Supplement to the account of plague administration in the Bombay Presidency from September 1896 till May 1897
Year: 1896
Disease focus: Plague
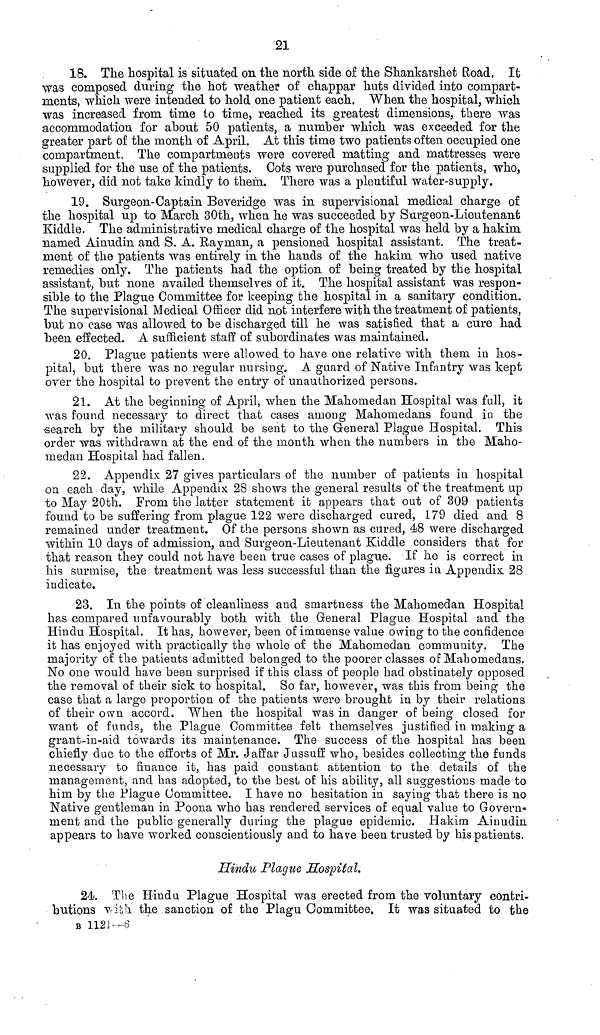
21
18. The hospital is situated on the north side of the Shankarshet Road. It
was composed during the hot weather of chappar huts divided into compart-
ments, which were intended to hold one patient each. When the hospital, which
was increased from time to time, reached its greatest dimensions, there was
accommodation for about 50 patients, a numher which was exceeded for the
greater part of the month of April. At this time two patients often occupied one
compartment. The compartments were covered matting and mattresses were
supplied for the use of the patients. Cots were purchased for the patients, who,
however, did not take kindly to them. There was a plentiful water-supply.
19. Surgeon-Captain Beveridge was in supervisional medical charge of
the hospital up to March 30th, when he was succeeded by Surgeon-Lieutenant
Kiddle. The administrative medical charge of the hospital was held by a hakim
named Ainudin and S. A. Rayman, a pensioned hospital assistant. The treat-
ment of the patients was entirely in the hands of the hakim, who used native
remedies only. The patients had the option of being treated by the hospital
assistant, but none availed themselves of it. The hospital assistant was respon-
sible to the Plague Committee for keeping the hospital in a sanitary condition.
The supervisional Medical Officer did not interfere with the treatment of patients,
but no case was allowed to be discharged till he was satisfied that a cure had
been effected. A sufficient staff of subordinates was maintained.
20. Plague patients were allowed to have one relative with them in hos-
pital, but there was no regular nursing. A guard of Native Infantry was kept
over the hospital to prevent the entry of unauthorized persons.
21. At the beginning of April, when the Mahomedan Hospital was full, it
was found necessary to direct that cases among Mahomedans found in the
search by the military should be sent to the General Plague Hospital. This
order was withdrawn at the end of the month when the numbers in the Maho-
medan Hospital had fallen.
22. Appendix 27 gives particulars of the number of patients in hospital
on each day, while Appendix 28 shows the general results of the treatment up
to May 20th. From the latter statement it appears that out of 309 patients
found to be suffering from plague 122 were discharged cured, 179 died and 8
remained under treatment. Of the persons shown as cured, 48 were discharged
within 10 days of admission, and Surgeon-Lieutenant Kiddle considers that for
that reason they could not have been true cases of plague. If he is correct in
his surmise, the treatment was less successful than the figures in Appendix 28
indicate.
23. In the points of cleanliness and smartness the Mahomedan Hospital
has compared unfavourably both with the General Plague Hospital and the
Hindu Hospital. It has, however, been of immense value owing to the confidence
it has enjoyed with practically the whole of the Mahomedan community. The
majority of the patients admitted belonged to the poorer classes of Mahomedans.
No one would have been surprised if this class of people had obstinately opposed
the removal of their sick to hospital. So far, however, was this from being the
case that a large proportion of the patients were brought in by their relations
of their own accord. When the hospital was in danger of being closed for
want of funds, the Plague Committee felt themselves justified in making a
grant-in-aid towards its maintenance. The success of the hospital has been
chiefly due to the efforts of Mr. Jaffar Jussuff who, besides collecting the funds
necessary to finance it, has paid constant attention to the details of the
management, and has adopted, to the best of his ability, all suggestions made to
him by the Plague Committee. I have no hesitation in saying that there is no
Native gentleman in Poona who has rendered services of equal value to Govern-
ment and the public generally during the plague epidemic. Hakim Ainudin
appears to have worked conscientiously and to have been trusted by his patients.
Hindu Plague Hospital.
24. The Hindu Plague Hospital was erected from the voluntary contri-
butions with the sanction of the Plagu Committee. It was situated to the
B 1121—6